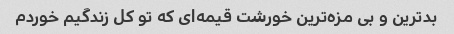
بدترین و بی مزه‌ترین خورشت قیمه‌ای که تو کل زندگیم خوردم